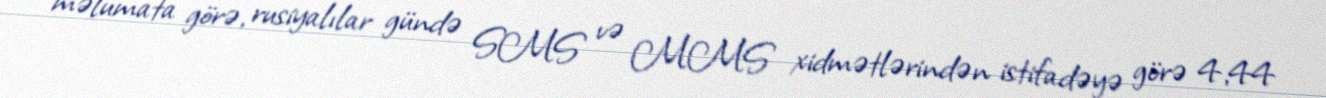
məlumata görə, rusiyalılar gündə SMS və MMS xidmətlərindən istifadəyə görə 4,44